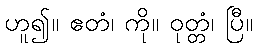
ဟူ၍။ ဧတံ၊ ကို။ ဝုတ္တံ၊ ပြီ။